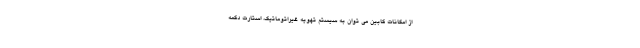
از امکانات کابین می توان به سیستم تهویه غیراتوماتیک، استارت دکمه